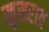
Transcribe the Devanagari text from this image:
खुसराव